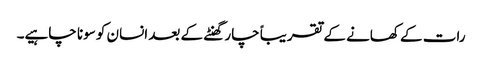
رات کے کھانے کے تقریباً چار گھنٹے کے بعد انسان کو سونا چاہیے۔